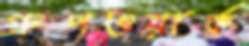
গ্রুপওয়ার্ক